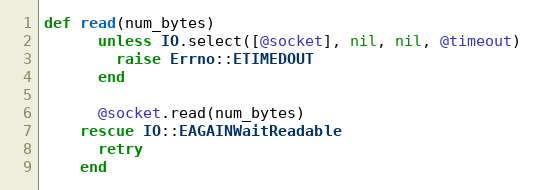
Language: Ruby
def read(num_bytes)
      unless IO.select([@socket], nil, nil, @timeout)
        raise Errno::ETIMEDOUT
      end

      @socket.read(num_bytes)
    rescue IO::EAGAINWaitReadable
      retry
    end